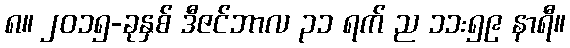
၈။ ၂၀၁၅-ခုနှစ် ဒီဇင်ဘာလ ၃၁ ရက် ည ၁၁:၅၉ နာရီ။